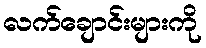
လက်ချောင်းများကို